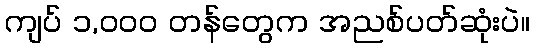
ကျပ် ၁,၀၀၀ တန်တွေက အညစ်ပတ်ဆုံးပဲ။